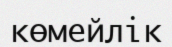
көмейлік